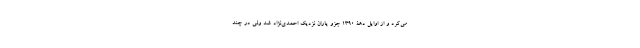
می‌کرد و از اوایل دهۀ 1390 جزو یاران نزدیک احمدی‌نژاد شد ولی در چند